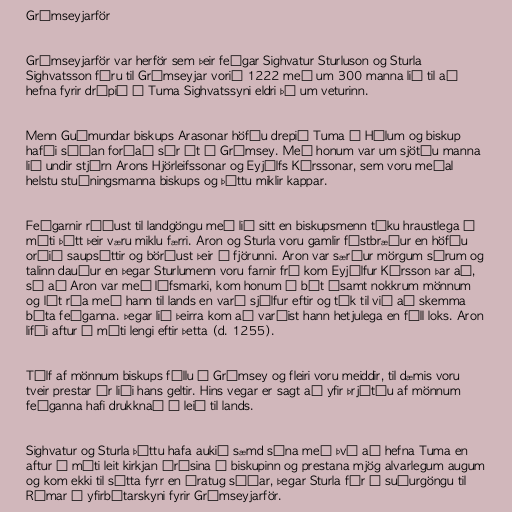
Grímseyjarför

Grímseyjarför var herför sem þeir feðgar Sighvatur Sturluson og Sturla
Sighvatsson fóru til Grímseyjar vorið 1222 með um 300 manna lið til að
hefna fyrir drápið á Tuma Sighvatssyni eldri þá um veturinn.

Menn Guðmundar biskups Arasonar höfðu drepið Tuma á Hólum og biskup
hafði síðan forðað sér út í Grímsey. Með honum var um sjötíu manna
lið undir stjórn Arons Hjörleifssonar og Eyjólfs Kárssonar, sem voru meðal
helstu stuðningsmanna biskups og þóttu miklir kappar.

Feðgarnir réðust til landgöngu með lið sitt en biskupsmenn tóku hraustlega á
móti þótt þeir væru miklu færri. Aron og Sturla voru gamlir fóstbræður en höfðu
orðið saupsáttir og börðust þeir í fjörunni. Aron var særður mörgum sárum og
talinn dauður en þegar Sturlumenn voru farnir frá kom Eyjólfur Kársson þar að,
sá að Aron var með lífsmarki, kom honum í bát ásamt nokkrum mönnum
og lét róa með hann til lands en varð sjálfur eftir og tók til við að skemma
báta feðganna. Þegar lið þeirra kom að varðist hann hetjulega en féll loks. Aron
lifði aftur á móti lengi eftir þetta (d. 1255).

Tólf af mönnum biskups féllu í Grímsey og fleiri voru meiddir, til dæmis voru
tveir prestar úr liði hans geltir. Hins vegar er sagt að yfir þrjátíu af mönnum
feðganna hafi drukknað á leið til lands.

Sighvatur og Sturla þóttu hafa aukið sæmd sína með því að hefna Tuma en
aftur á móti leit kirkjan árásina á biskupinn og prestana mjög alvarlegum augum
og kom ekki til sátta fyrr en áratug síðar, þegar Sturla fór í suðurgöngu til
Rómar í yfirbótarskyni fyrir Grímseyjarför.